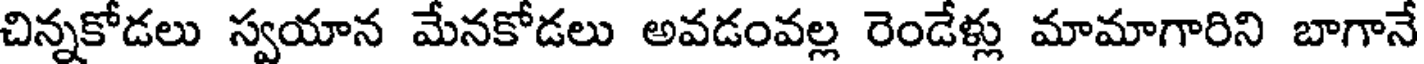
చిన్నకోడలు స్వయాన మేనకోడలు అవడంవల్ల రెండేళ్లు మామాగారిని బాగానే